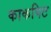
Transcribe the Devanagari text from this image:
काकपिट